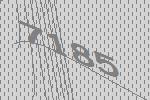
7185